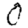
Digit: 0